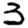
Digit: 3